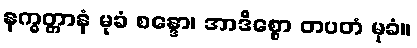
နက္ခတ္တာနံ မုခံ စန္ဒော၊ အာဒိစ္စော တပတံ မုခံ။